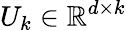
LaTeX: U_{k}\in\mathbb{R}^{d\times k}